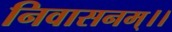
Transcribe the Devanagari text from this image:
निवासनम्।।